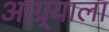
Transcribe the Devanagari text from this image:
आग्र्‍याला